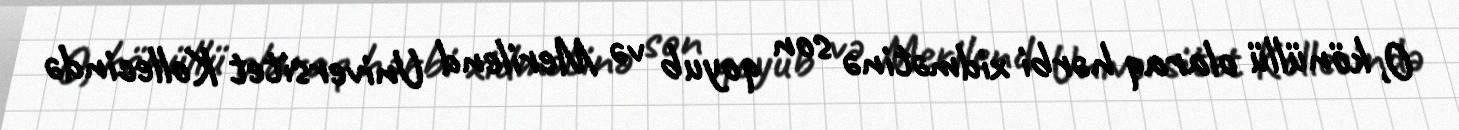
O, könüllü olaraq hərbi xidmətinə son qoyub və Merilend Universitet Kollecində